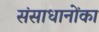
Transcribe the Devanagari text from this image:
संसाधानोंका